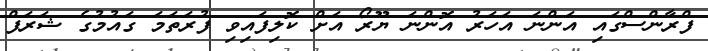
ފްރާންސްގައި އަންނަ އަހަރު އޮންނަ ޔޫރޯ އަށް ކޮލިފައިވި ފުރަތަމަ ގައުމުގެ ޝަރަފް